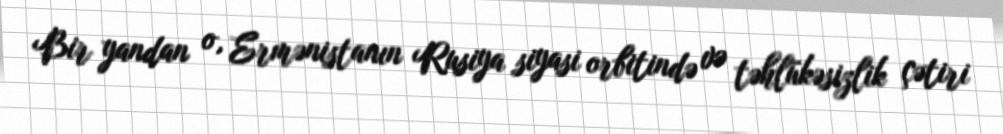
Bir yandan o, Ermənistanın Rusiya siyasi orbitində və təhlükəsizlik çətiri